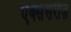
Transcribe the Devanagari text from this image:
एक्सेसरीज़